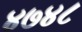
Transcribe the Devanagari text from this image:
४७४८